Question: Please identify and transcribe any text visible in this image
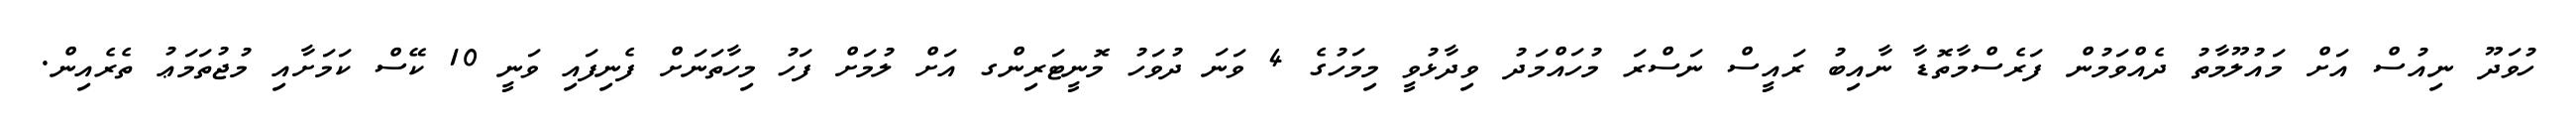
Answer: ހުވަދޫ ނިއުސް އަށް މައުލޫމާތު ދެއްވަމުން ފަރެސްމާތޮޑާ ނާއިބު ރައީސް ނަސްރަ މުހައްމަދު ވިދާޅުވީ މިމަހުގެ 4 ވަނަ ދުވަހު މޮނީޓަރިންގ އަށް ލުމަށް ފަހު މިހާތަނަށް ފެނިފައި ވަނީ 10 ކޭސް ކަމަށާއި މުޖުތަމަޢު ތެރެއިން.